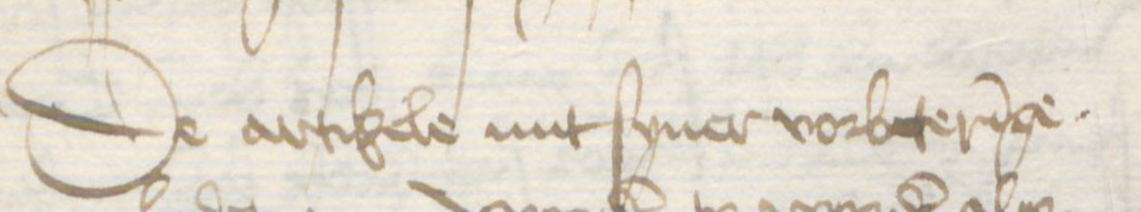
Transcription: De artikele mit syner vorbeteringe.